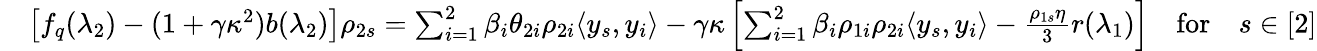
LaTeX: \begin{array}{rl}&{\left[f_{q}(\lambda_{2})-(1+\gamma\kappa^{2})b(\lambda_{2})\right]\rho_{2s}=\sum_{i=1}^{2}\beta_{i}\theta_{2i}\rho_{2i}\langle y_{s},y_{i}\rangle-\gamma\kappa\left[\sum_{i=1}^{2}\beta_{i}\rho_{1i}\rho_{2i}\langle y_{s},y_{i}\rangle-\frac{\rho_{1s}\eta}{3}r(\lambda_{1})\right]\quad\mathrm{for}\quad s\in[2]}\end{array}